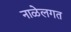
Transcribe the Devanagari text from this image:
नाळेलगत